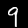
Label: 9